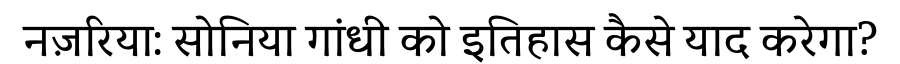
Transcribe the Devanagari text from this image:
नज़रिया: सोनिया गांधी को इतिहास कैसे याद करेगा?